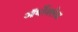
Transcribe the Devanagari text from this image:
ऑर्थोक्लेज